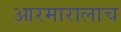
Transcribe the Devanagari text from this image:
आरमारालाच